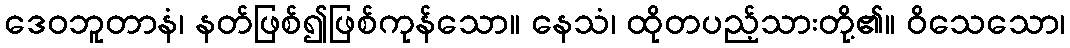
ဒေဝဘူတာနံ၊ နတ်ဖြစ်၍ဖြစ်ကုန်သော။ နေသံ၊ ထိုတပည့်သားတို့၏။ ဝိသေသော၊